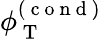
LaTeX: \phi_{\mathrm{~T~}}^{(\mathrm{~c~o~n~d~})}